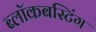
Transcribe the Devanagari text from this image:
ब्लॉकबस्टिंग